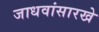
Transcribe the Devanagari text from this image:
जाधवांसारखे